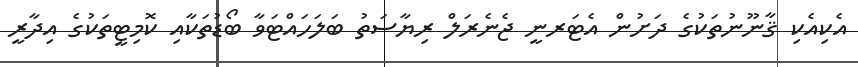
އެކިއެކި ޤާނޫނުތަކުގެ ދަށުން އެޓަރނީ ޖެނެރަލް ރިޔާސަތު ބަލަހައްޓަވާ ބޯޑުތަކާއި ކޮމިޓީތަކުގެ އިދާރީ